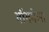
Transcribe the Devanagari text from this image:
गॉगमेला